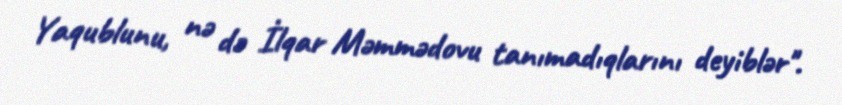
Yaqublunu, nə də İlqar Məmmədovu tanımadıqlarını deyiblər".